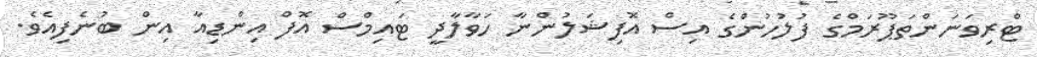
ޓްރިވަނަންތަޕޫރަމްގެ ފުލުހުންގެ އިސް އޮފިޝަލުންނާ ހަވާލާދީ ޓައިމްސް އޮފް އިންޑިއާ އިން ބުނެފިއެވެ.